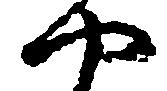
や